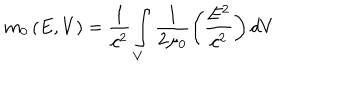
m _ { 0 } \left( E , V \right) = \frac { 1 } { c ^ { 2 } } \int _ { V } \frac { 1 } { 2 \mu _ { 0 } } \left( \frac { E ^ { 2 } } { c ^ { 2 } } \right) d V